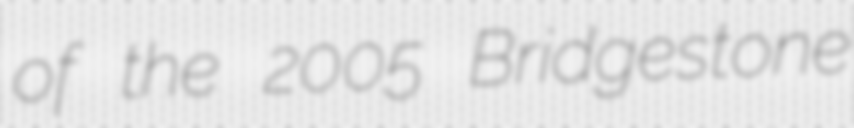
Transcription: of the 2005 Bridgestone